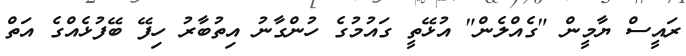
ރައީސް ޔާމީން "ގެއްލެން" އުޅޭތީ ގައުމުގެ ހުންގާނު އިތުބާރު ހިފޭ ބޭފުޅެއްގެ އަތް